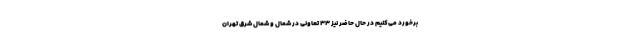
برخورد می‌کنیم در حال حاضر نیز ۳۳ تعاونی در شمال و شمال شرق تهران